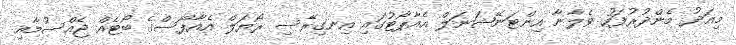
މިއަދު މެންދުރުފަހު ވެލާނާ އިންޓަނޭޝަނަލް އެއާޕޯޓުގައި އިނގިރޭސި ރޯޔަލް އެއާފޯސްގެ ބޯޓެއް ޖެއްސުމާއި